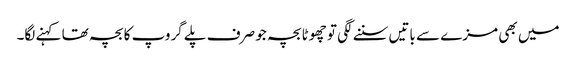
میں بھی مزے سے باتیں سننے لگی تو چھوٹا بچہ جو صرف پلے گروپ کا بچہ تھا کہنے لگا۔